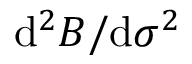
\mathrm { d } ^ { 2 } B / \mathrm { d } \sigma ^ { 2 }